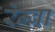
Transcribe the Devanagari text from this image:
रेम्ब्रा